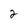
Character: 2